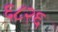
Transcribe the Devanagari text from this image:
६८२६